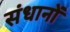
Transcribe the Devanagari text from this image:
संधानों